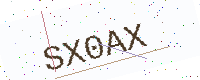
Text: SX0AX